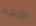
الآلهه